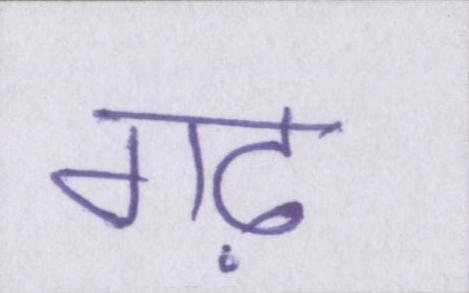
गढ़